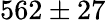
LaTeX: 562\pm 27